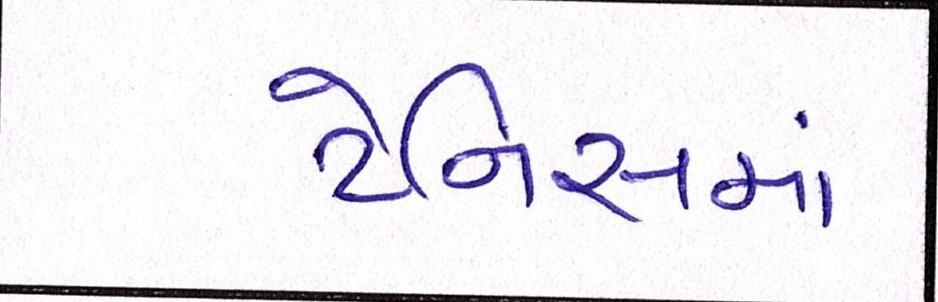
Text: ટેનિસમાં